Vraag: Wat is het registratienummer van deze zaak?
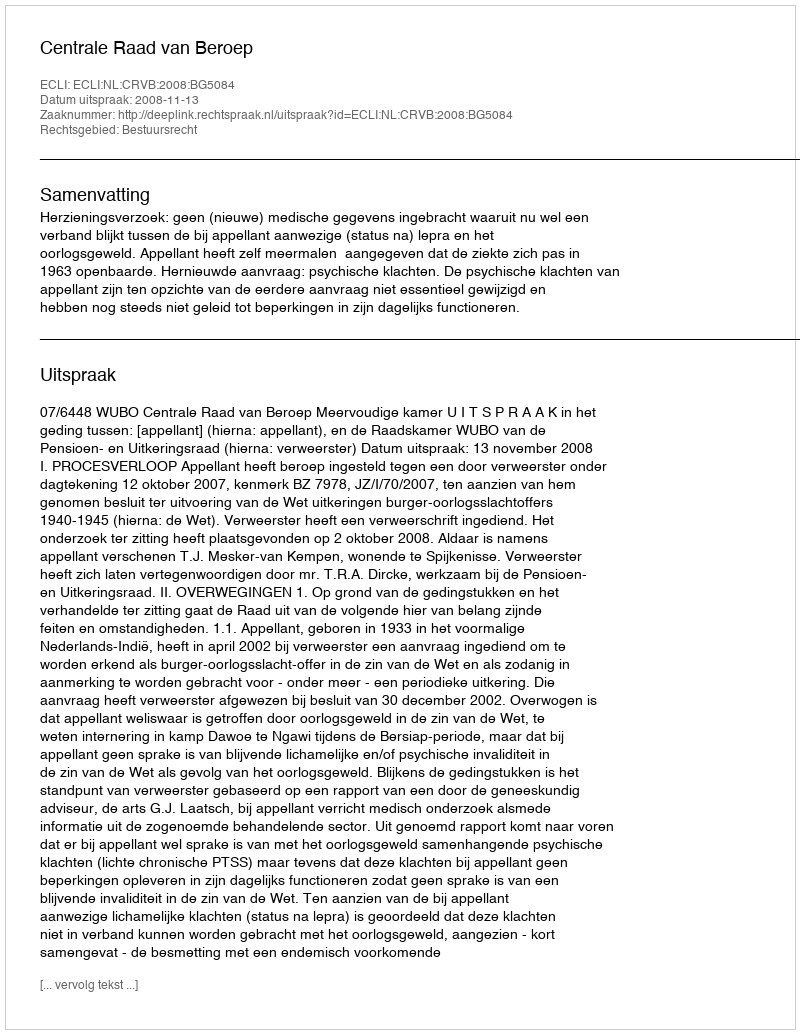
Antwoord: http://deeplink.rechtspraak.nl/uitspraak?id=ECLI:NL:CRVB:2008:BG5084